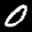
Label: 0